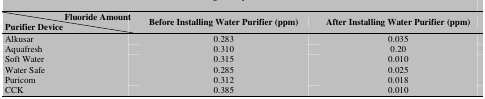
| Fluoride AmountPurifier Device | Before Installing Water Purifier (ppm) | After Installing Water Purifier (ppm) |
 | --- | --- | --- |
 | Alkusar | 0.283 | 0.035 |
 | Aquafresh | 0.310 | 0.20 |
 | Soft Water | 0.315 | 0.010 |
 | Water Safe | 0.285 | 0.025 |
 | Puricom | 0.312 | 0.018 |
 | CCK | 0.385 | 0.010 |